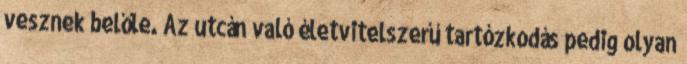
vesznek belőle. Az utcán való életvitelszerű tartózkodás pedig olyan